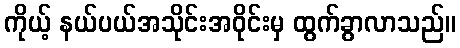
ကိုယ့် နယ်ပယ်အသိုင်းအဝိုင်းမှ ထွက်ခွာလာသည်။